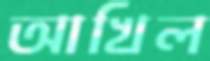
আখিল